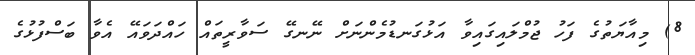
8) މިއާޔަތުގެ ފަހު ޖުމްލައިގައިވާ އަޅުގަނޑުމެންނަށް ނޭނގޭ ސަވާރީތައް ހައްދަވައޭ އެވާ ބަސްފުޅުގެ